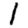
Digit: 1